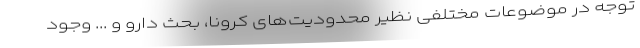
توجه در موضوعات مختلفی نظیر محدودیت‌های کرونا، بحث دارو و ... وجود